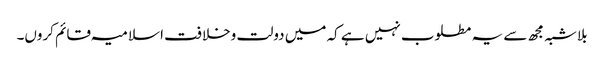
بلاشبہ مجھ سے یہ مطلوب نہیں ہے کہ میں دولت وخلافت اسلامیہ قائم کروں۔